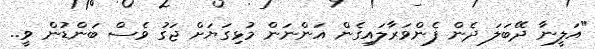
"އަލީނާ ދޭބަލަ ދެން ފެންވަރާލައިގެން އަންނަން މުޅިގަޔަށް ޖަގު ވެސް ބަންޑުން ވީ..